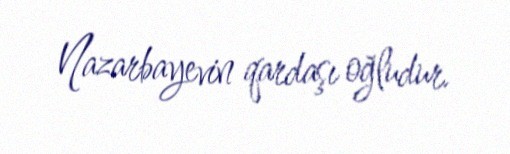
Nazarbayevin qardaşı oğludur.